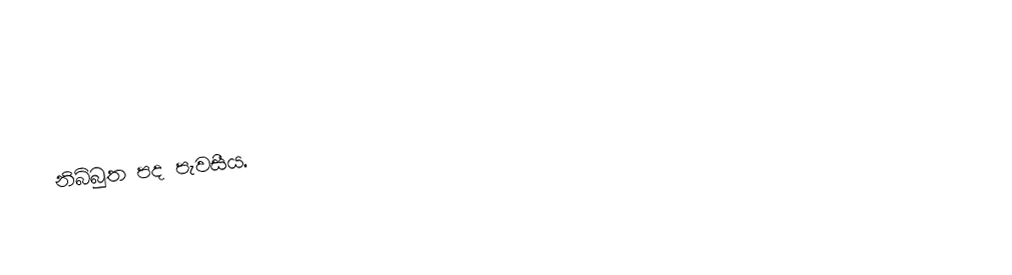
නිබ්බුත පද පැවසීය.